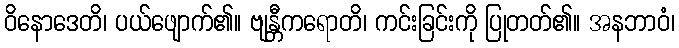
ဝိနောဒေတိ၊ ပယ်ဖျောက်၏။ ဗျန္တီကရောတိ၊ ကင်းခြင်းကို ပြုတတ်၏။ အနဘာဝံ၊